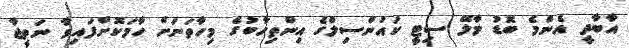
އާބާދީ އެންމެ ބޮޑު މާލޭ ސިޓީ ކައުންސިލްގެ އިންތިހާބުގެ މިހާތަނަށް ހާމަކޮށްފައިވާ ނަތީޖާ